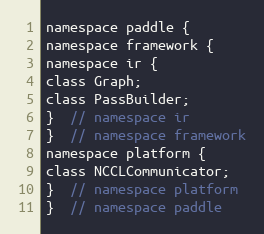
Language: C
namespace paddle {
namespace framework {
namespace ir {
class Graph;
class PassBuilder;
}  // namespace ir
}  // namespace framework
namespace platform {
class NCCLCommunicator;
}  // namespace platform
}  // namespace paddle